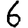
Digit: 6